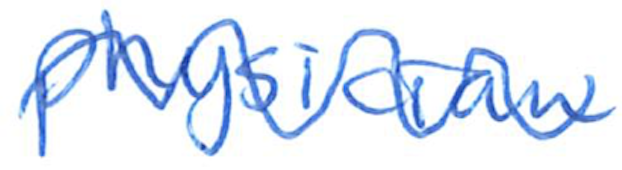
Text: physician
Cross-out: wave
Writing tool: ballpoint